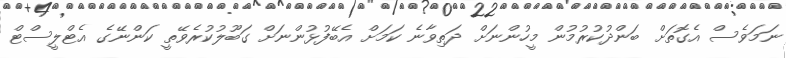
ނަމަވެސް އެގޮތަށް ބަންދުކުރުމުން މީހުންނަށް ދަތިވާނެ ކަމަށް އެބޭފުޅުންނަށް ގަބޫލުކުރެވޭތީ ކަންނޭގެ އެޓްލީސްޓް